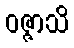
ဝဇ္ဇာသိ